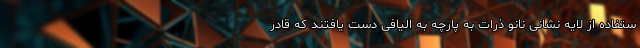
ستفاده از لایه نشانی نانو ذرات به پارچه به الیافی دست یافتند که قادر